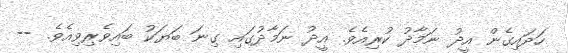
ހަދައިގެން އީދު ނަމާދު ކުރިއެވެ. އީދު ނަމާދުގައި ގިނަ ބަޔަކު ބައިވެރިވިއެވެ. --